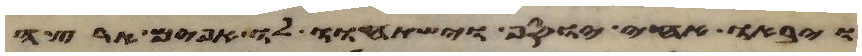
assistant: ויבאו אחי יוסף וישתחוו לו אפים ארצה